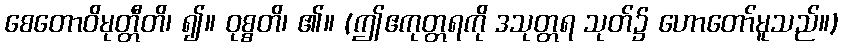
စေတောဝိမုတ္တီတိ၊ ၍။ ဝုစ္စတိ၊ ၏။ (ဤဧကုတ္တရကို ဒသုတ္တရ သုတ်၌ ဟောတော်မူသည်။)